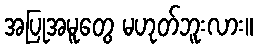
အပြုအမူတွေ မဟုတ်ဘူးလား။